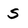
Character: S